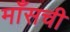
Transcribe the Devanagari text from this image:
माँसची